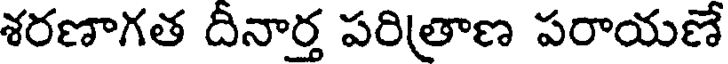
శరణాగత దినార్త పరిత్రాణ పరాయణే